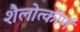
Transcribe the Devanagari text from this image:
शैलोत्कीर्ण